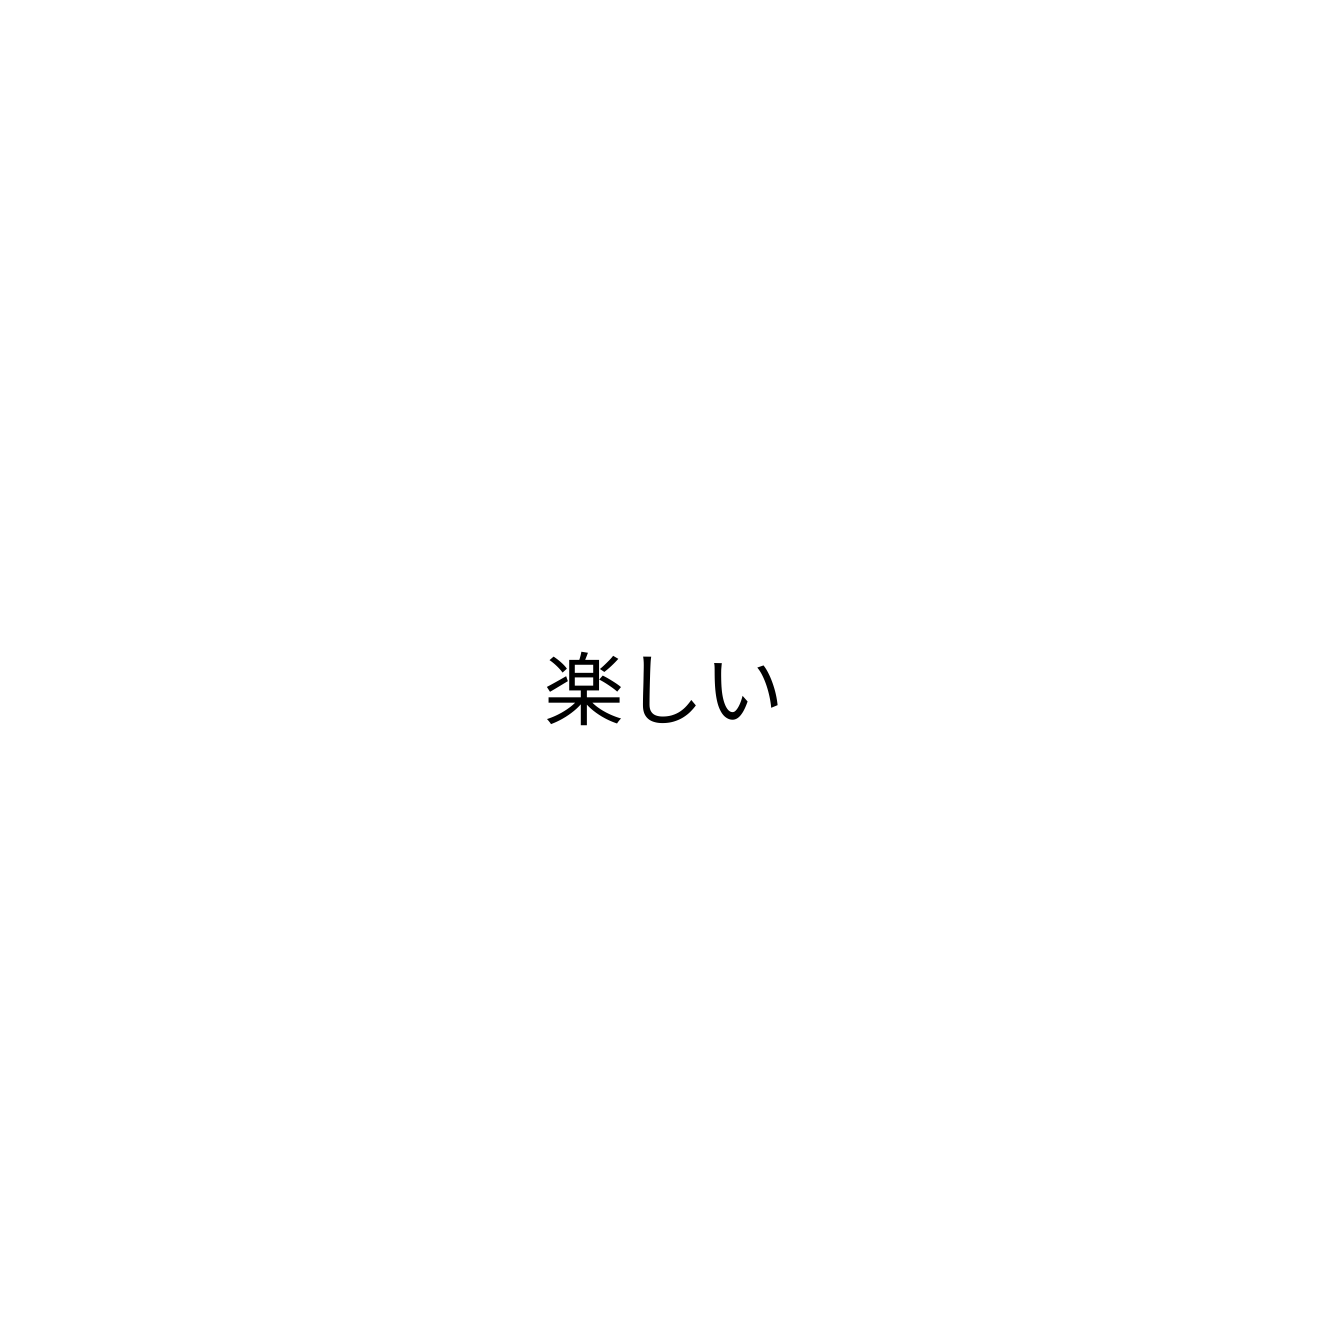
楽しい